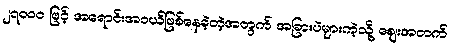
၂၇၀ဝ၀ ဖြင့် အရောင်းအဝယ်ဖြစ်နေခဲ့တဲ့အတွက် အခြားပဲများကဲ့သို့ ဈေးအတက်